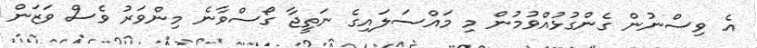
އެ ވިސްނުން ގެންގުޅުއްވުމުން މި މައްސަލައިގެ ނަތީޖާ ގޯސްވާނެ މިންވަރު ވެސް ވަޒަން